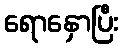
ရောနှောပြီး